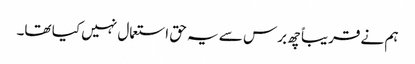
ہم نے قریباً چھ برس سے یہ حق استعمال نہیں کیا تھا۔